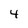
Character: 4